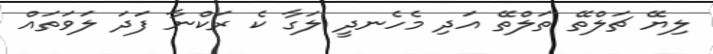
ލިޔޭ ޗަލްތޭ ތަލްތޭ އަދި މެހެނދީ ލަގާ ކެ ރަކްނާ ފަދަ ލަވަތައް